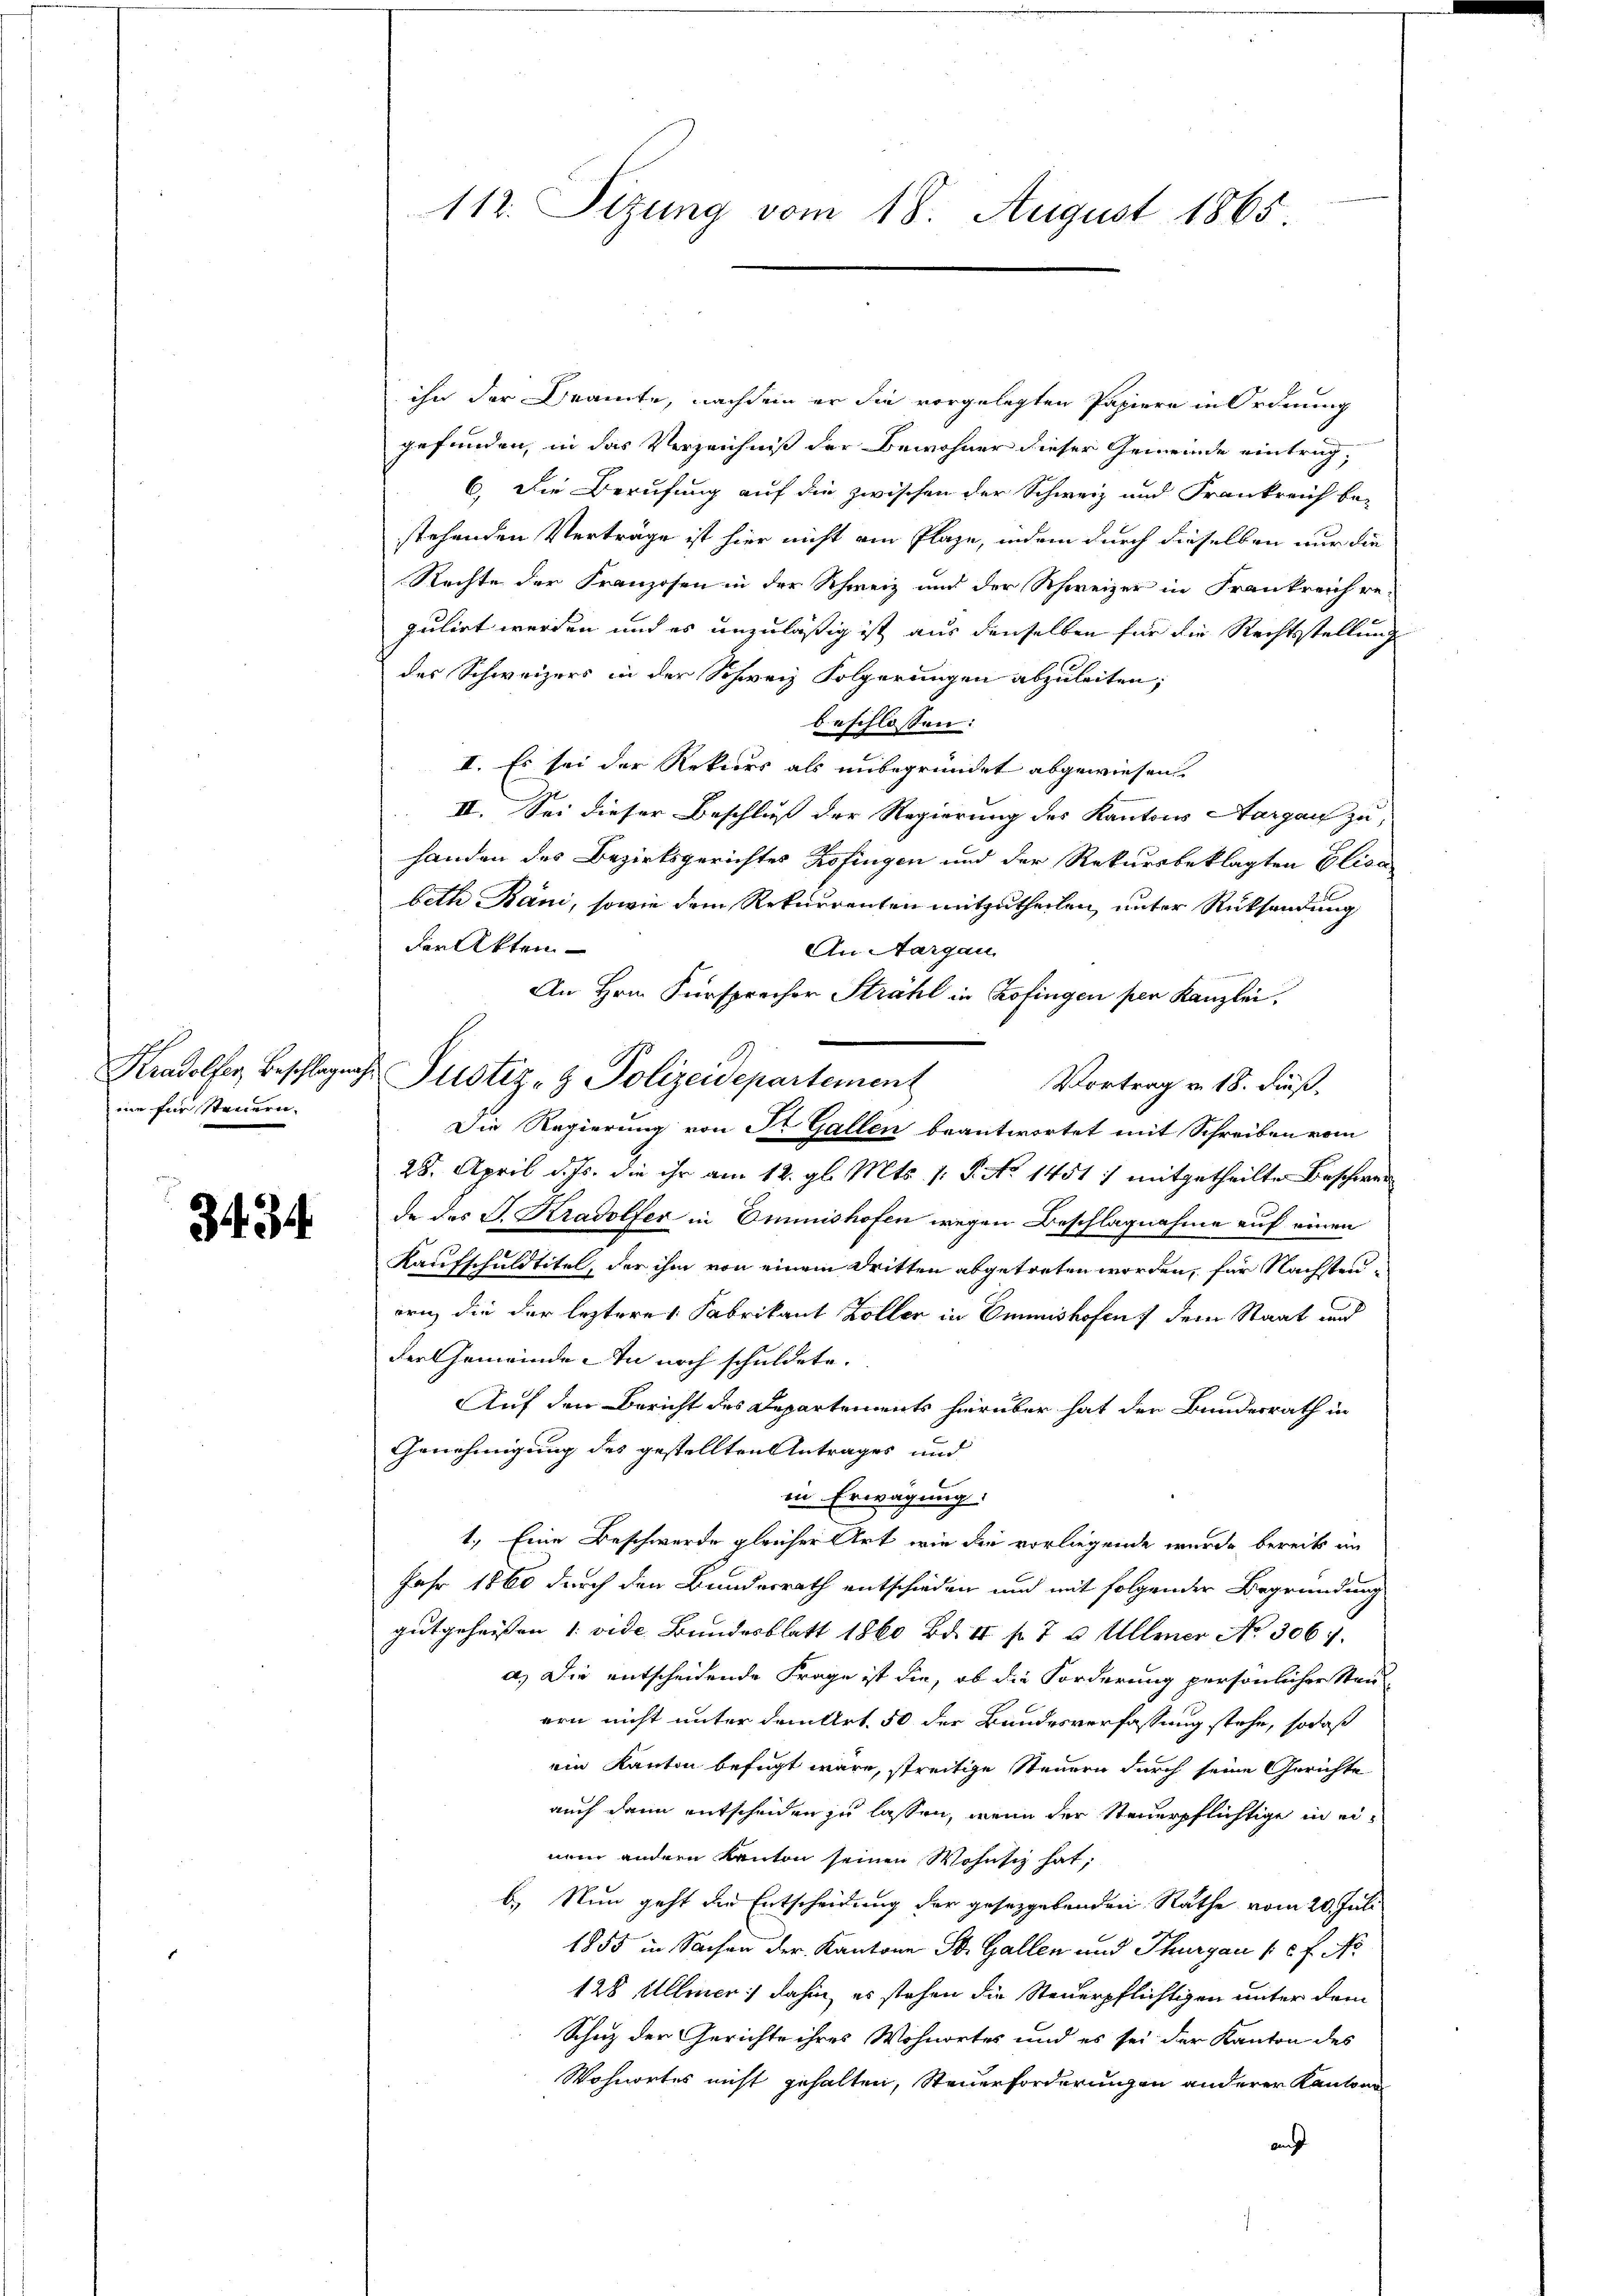
me für Steuern.

3434

112. Sizung vom 18. August 1865.

ihn der Dramte, nachdem er die vorgelegten Papiere in Ordnung
gefunden, in das Verzeichniß der Bewohner dieser Gemeinde eintrag¬
6. Die Berufung auf die zwischen der Schweiz und Frankreich be-
stehenden Verträge ist hier nicht am Plaze, indem durch dieselben nur die
Rechte der Franzosen in der Schweiz und der Schweizer in Frankreich re-
gulirt werden und es unzuläßig ist aus denselben für die Rechtsstellung
des Schweizers in der Schweiz Folgerungen abzuleiten;
beschlossen:
II. Es sei der Rekurs als unbegründet abgewiesen.
II. Sei dieser Beschluß der Regierung des Kantons Aargau zu,
handen des Bezirksgerichtes Zofingen und der Rekursbeklagten Elisa
beth Bani, sowie dem Rekurrenten mitzutheilen, unter Rücksendung
der Akten
An Aargau.
An Hrn. Fürsprecher Strahl in Zofingen per Kanzlei.
.
Vortrag v. 18. dieß.
Die Regierung von St. Gallen beantwortet mit Schreiben vom
28. April d. Js. die ihr am 12. gl. Mts. 1. P. No 1451 7 mitgetheilte Beschwerde des J. Kradolfer in Emmnishofen wegen Beschlagnahme auf einen
Kaufschuldtitel, der ihm von einem Dritten abgetreten worden, für Nachstenern, die der lezteres Fabrikant Koller in Ommnishofen dem Staat und
der Gemeinde. In noch schuldete.
Auf den Bericht des Departements hierüber hat der Bundesrath in
Genehmigung des gestellten Antrages und
in Erwägung:
1.) Eine Beschwerde gleicher Art, wie die vorliegende wurde bereits im
Jahr 1860 durch den Bundesrath entschieden und mit folgender Begründung
gutgeheißen 1. vide Bundesblatt 1860 Bd. 4 f 7 x Ullmer No. 3067.
a.) Die entscheidende Frage ist die, ob die Forderung persönlicher Stand
ern nicht unter dem Art. 50 der Bundesverfassung stehe, sodaß
ein Kanton befugt wäre, streitige Steuern durch seine Gerichte
auch dann entscheiden zu lassen, wenn der Steuerpflichtige in einun andern Kanton seinen Wohnsiz hat,
b. Nun geht die Entscheidung der gesetzgebenden Rathe vom 20. Juli
1855 in Sachen der Kantone St. Gallen und Thurgau 1 f. No
128 Ullmer dahin, es stehen die Steuerpflichtigen unter dem
Schaz der Gerichte ihres Wohnortes und es sei der Kanton des
Wohnortes nicht gehalten, Steuerforderungen anderer Kantons
auf

Kradolfer Beschlages Justiz- & Polizeidepartement